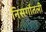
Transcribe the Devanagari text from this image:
निसर्गातली